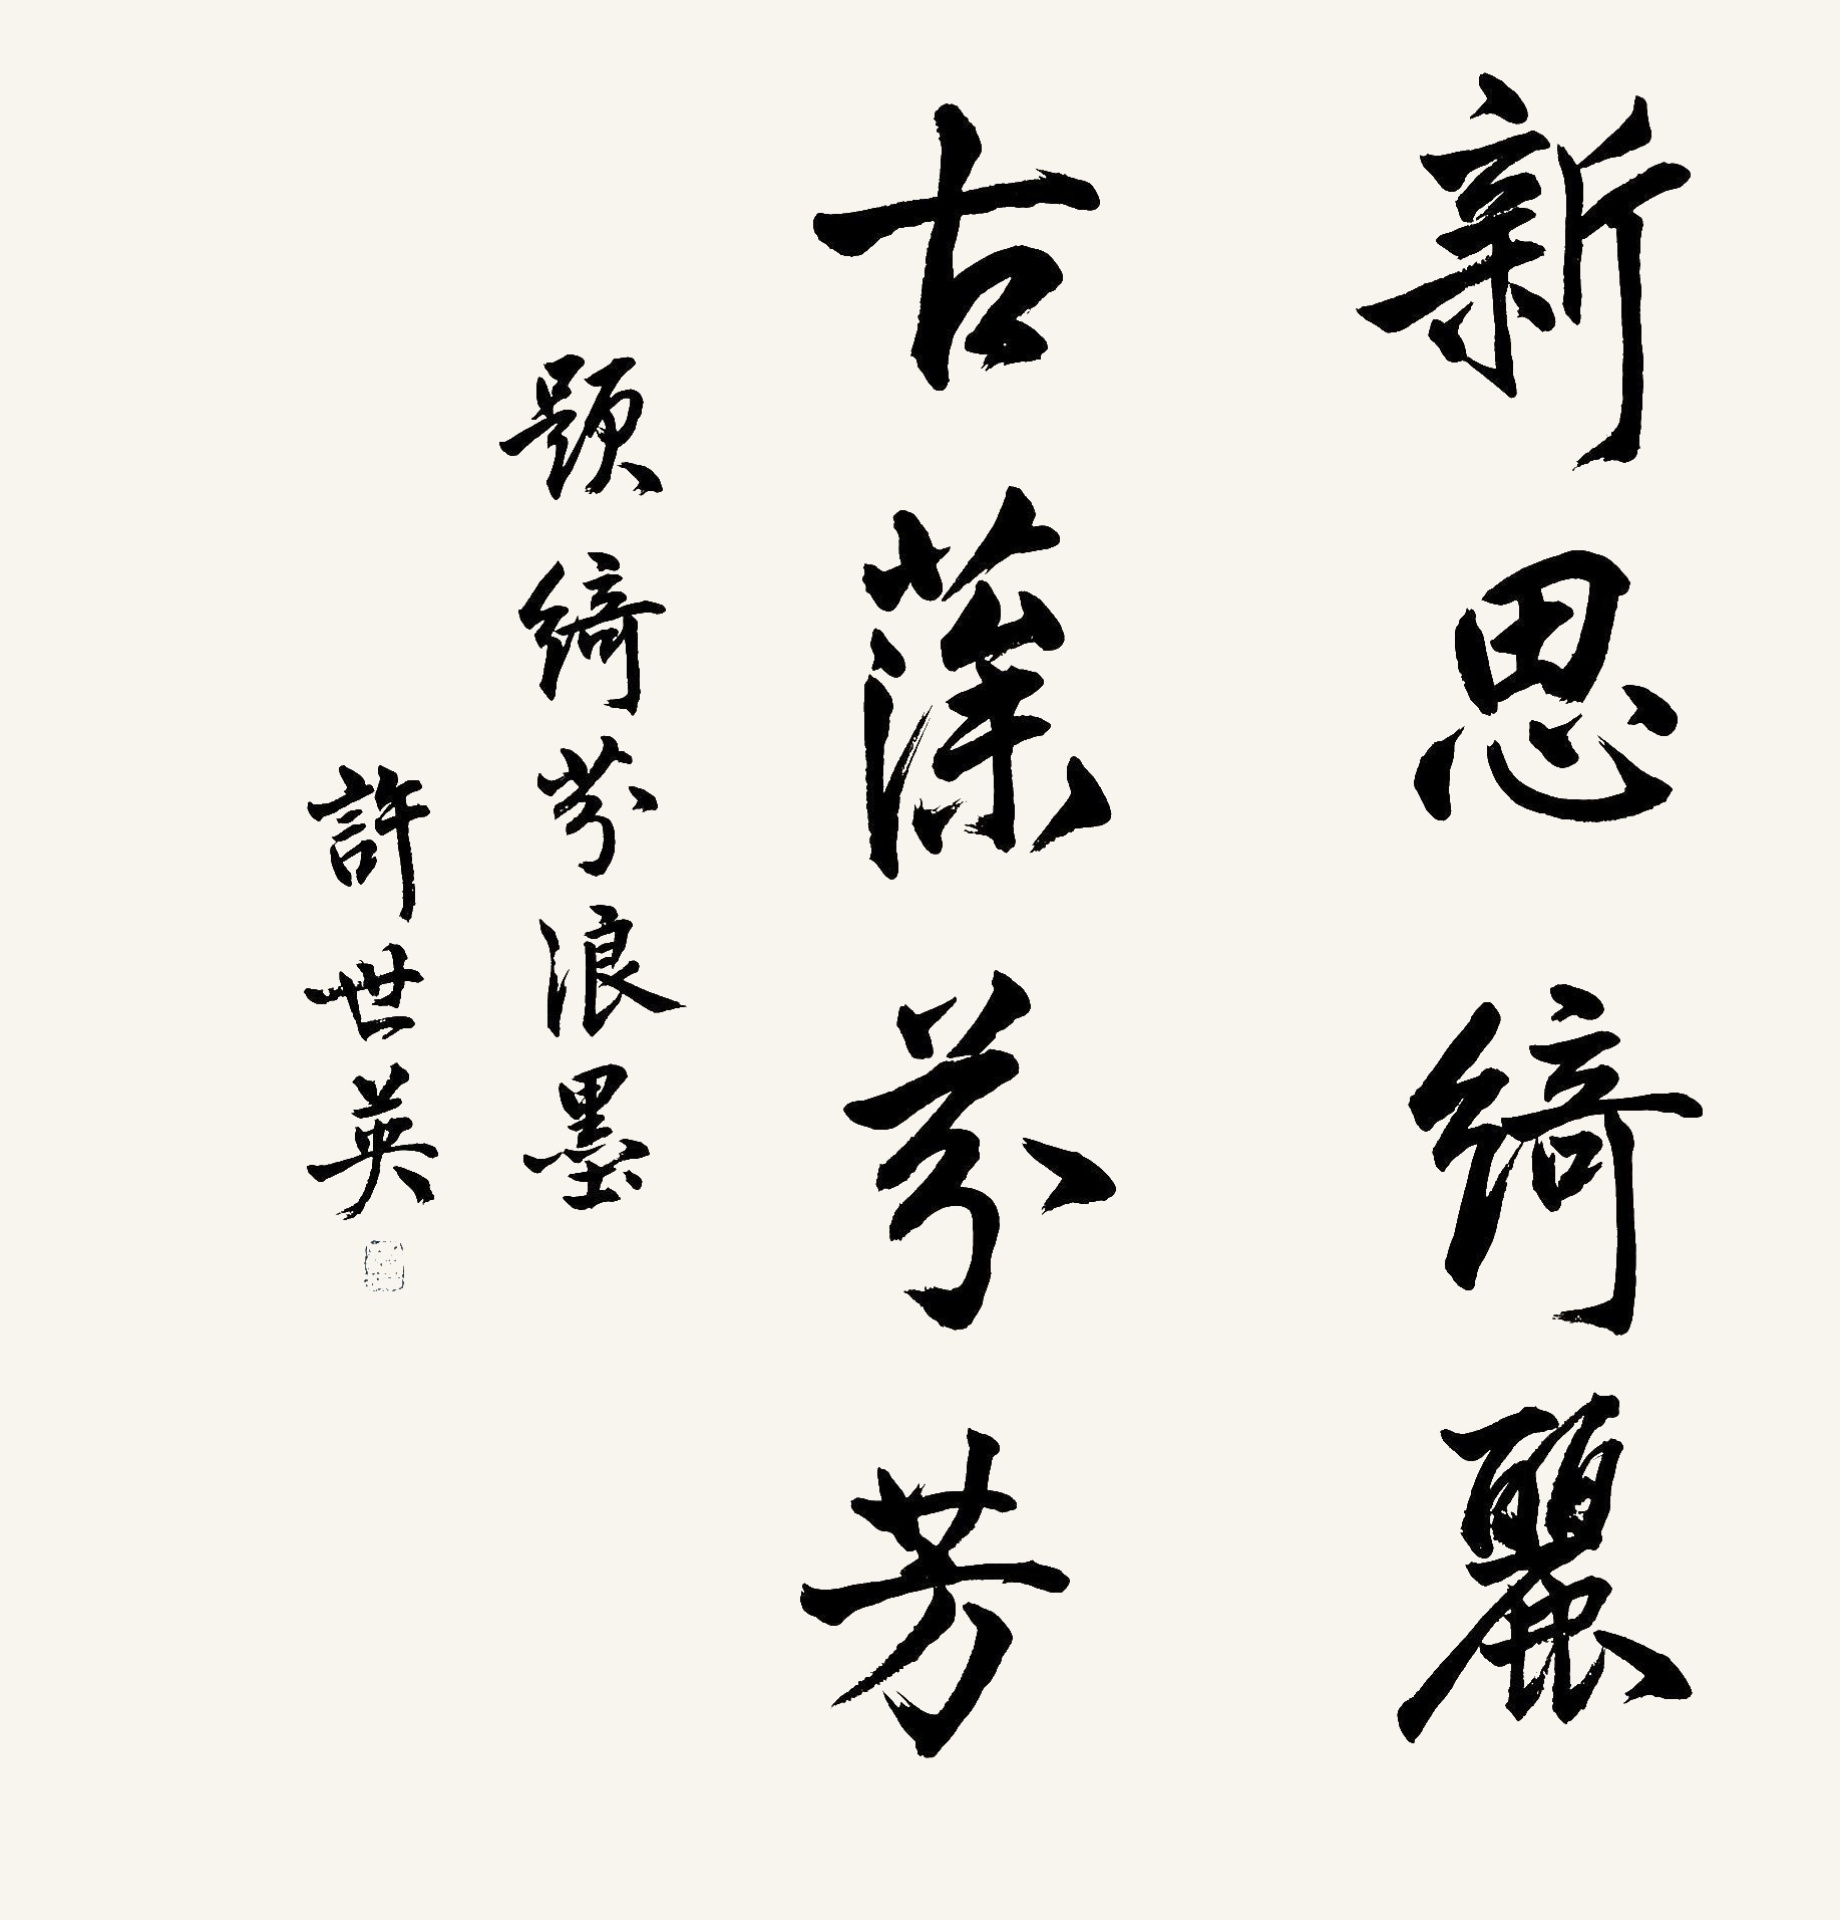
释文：新思绮丽，古藻芬芳。题绮芬浪墨，许世英。